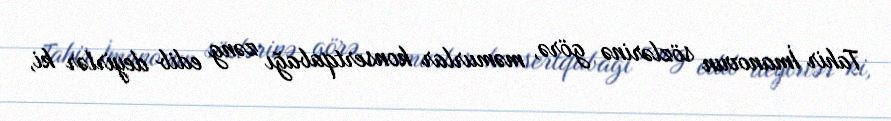
Tahir İmanovun sözlərinə görə, məmurlar konsertqabağı zəng edib deyirlər ki,